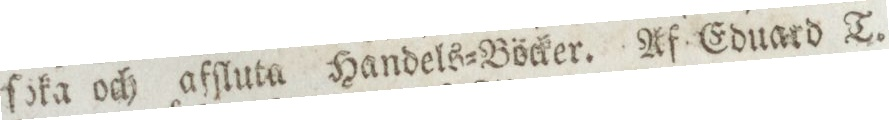
ſoka och afſluta Handels=Böcker. Af Eduard T.